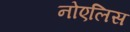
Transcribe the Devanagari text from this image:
नोएलिस